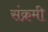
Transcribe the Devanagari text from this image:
संक्रमी